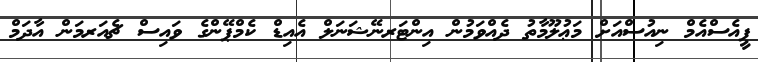
ޕީއެސްއެމް ނިއުސްއަށް މަޢުލޫމާތު ދެއްވަމުން އިންޓަރނޭޝަނަލް އެއިޑް ކެމްޕޭންގެ ވައިސް ޗެއަރމަން އާދަމް